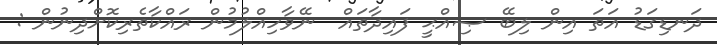
ދަނޑިގަޑު އަތަ އިން ލިބޭ ޞިއްޙީ ފައިދާތައް  ނޭވާހިއްލުމުން ރައްކާތެރިކޮށްދިނުން :